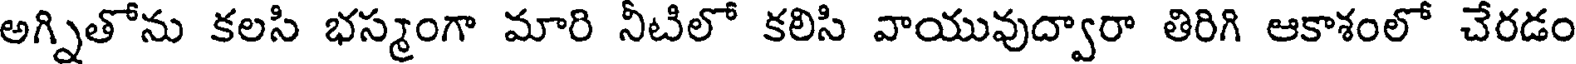
అగ్నితోను కలసి భస్మంగా మారి నీటిలో కలిసి వాయువుద్వారా తిరిగి ఆకాశంలో చేరడం